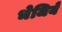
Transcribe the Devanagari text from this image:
भेजिये